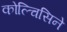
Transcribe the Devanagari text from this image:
कोल्चिसिने